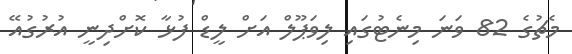
މެޗުގެ 82 ވަނަ މިނެޓުގައި ލިވަޕޫލް އަށް ލީޑް ފުޅާ ކޮށްދިނީ އުރުގުއޭ